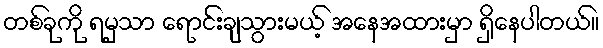
တစ်ခုကို ရမှသာ ရောင်းချသွားမယ့် အနေအထားမှာ ရှိနေပါတယ်။